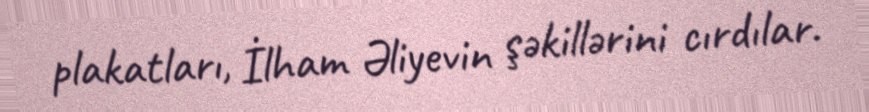
plakatları, İlham Əliyevin şəkillərini cırdılar.